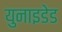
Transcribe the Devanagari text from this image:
युनाइडेड